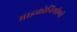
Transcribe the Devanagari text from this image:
माइक्रोनिर्माणों